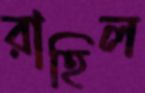
রাহিল